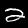
Digit: 2